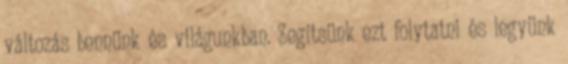
változás bennünk és világunkban. Segítsünk ezt folytatni és legyünk